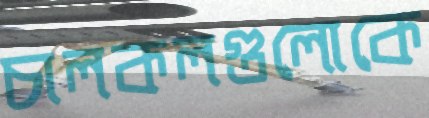
চালকলগুলোকে